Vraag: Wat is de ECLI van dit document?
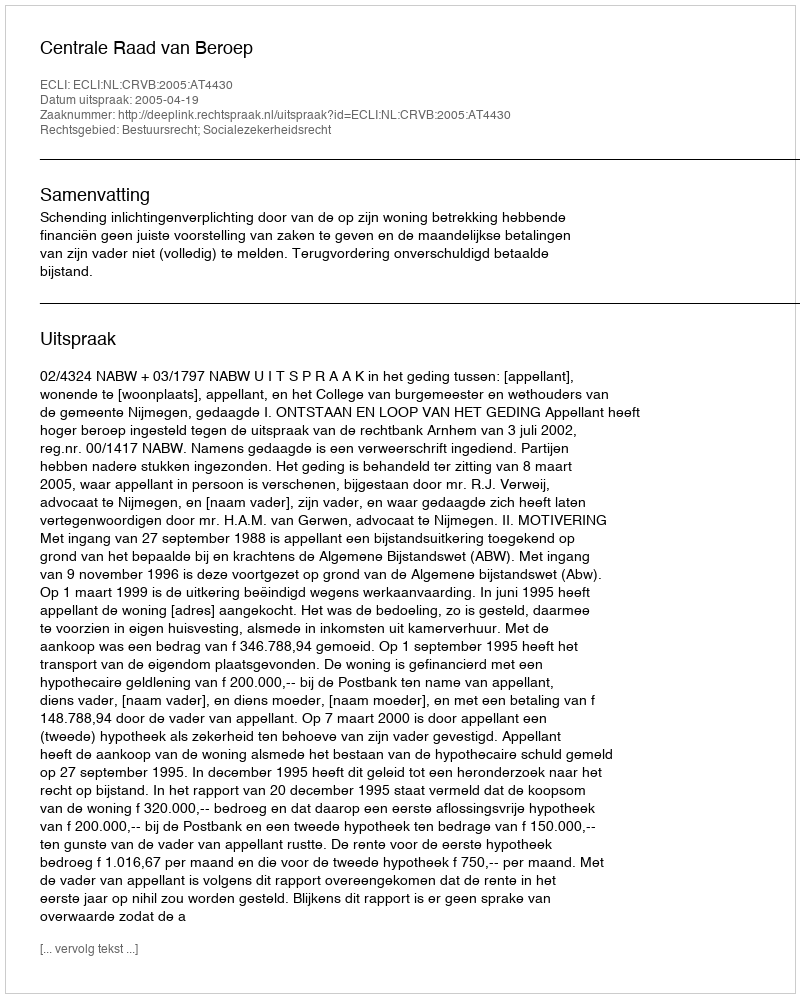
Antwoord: ECLI:NL:CRVB:2005:AT4430